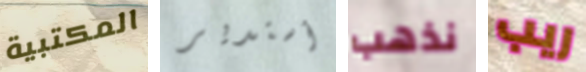
المكتبية أستدير نذهب ريب